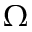
\Omega